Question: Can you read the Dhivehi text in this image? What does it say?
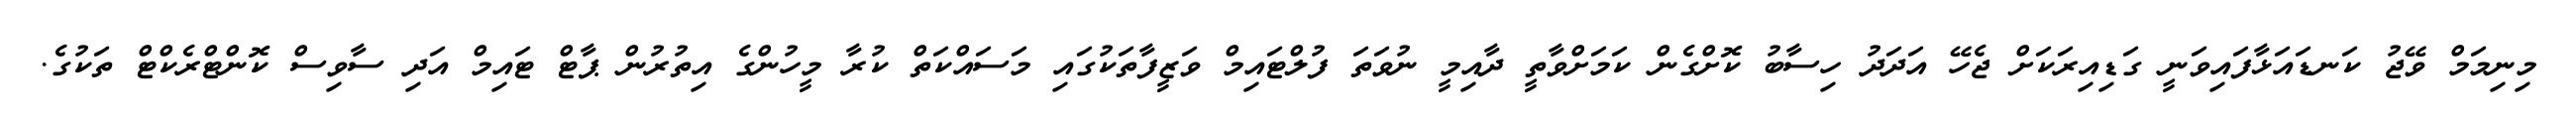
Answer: މިނިމަމް ވޭޖު ކަނޑައަޅާފައިވަނީ ގަޑިއިރަކަށް ޖެހޭ އަދަދު ހިސާބު ކޮށްގެން ކަމަށްވާތީ ދާއިމީ ނުވަތަ ފުލްޓައިމް ވަޒީފާތަކުގައި މަސައްކަތް ކުރާ މީހުންގެ އިތުރުން ޕާޓް ޓައިމް އަދި ސާވިސް ކޮންޓްރެކްޓް ތަކުގެ.